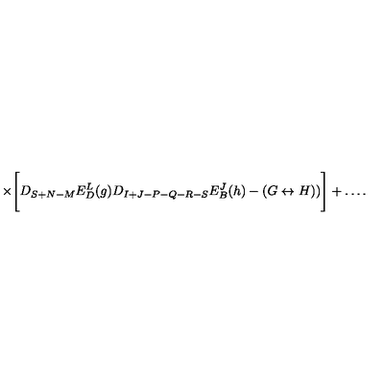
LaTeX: \times \Biggl [ D _ { S + N - M } E _ { D } ^ { L } ( g ) D _ { I + J - P - Q - R - S } E _ { B } ^ { J } ( h ) - ( G \leftrightarrow H ) ) \Biggr ] + \ldots .